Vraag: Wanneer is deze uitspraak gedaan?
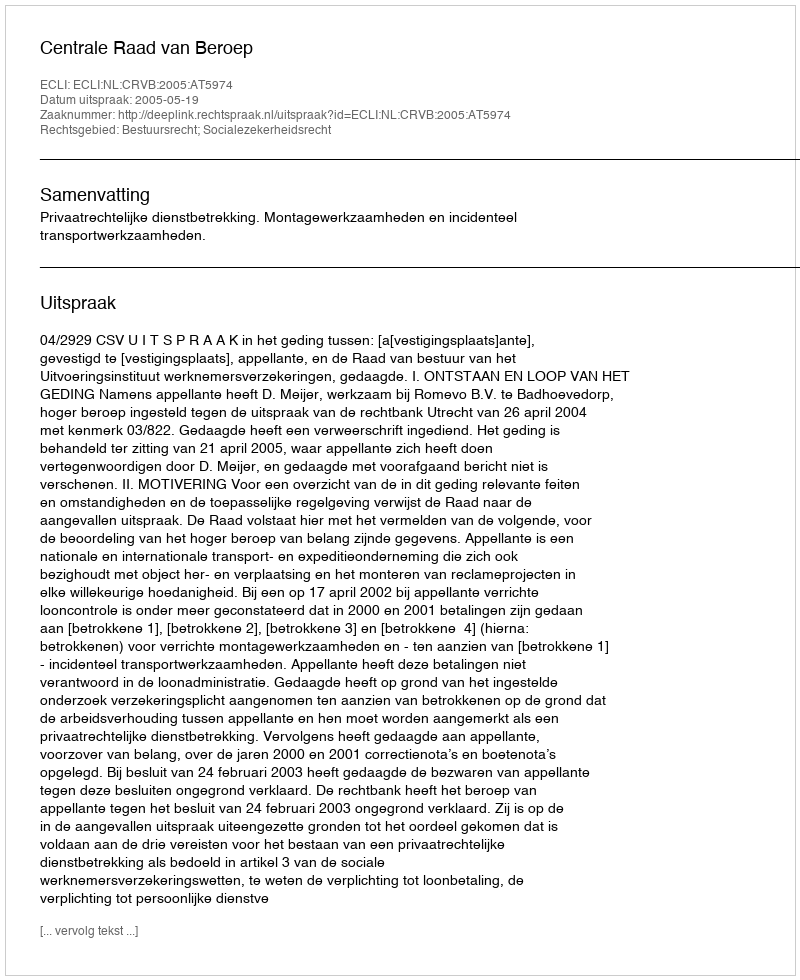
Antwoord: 2005-05-19